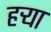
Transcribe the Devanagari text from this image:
हर्‍या